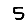
Digit: 5